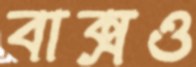
বাক্সও